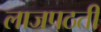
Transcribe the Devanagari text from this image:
लाजपठती